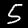
Label: 5